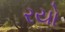
રયો